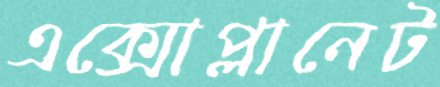
এক্সোপ্লানেট